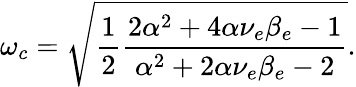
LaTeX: \omega_{c}=\sqrt{\frac{1}{2}\frac{2\alpha^{2}+4\alpha\nu_{e}\beta_{e}-1}{\alpha^{2}+2\alpha\nu_{e}\beta_{e}-2}}.